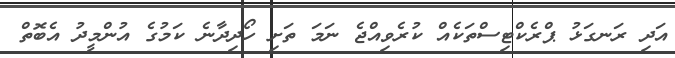
އަދި ރަނގަޅު ޕްރެކްޓިސްތަކެއް ކުރެވިއްޖެ ނަމަ ތަށި ހޯދިދާނެ ކަމުގެ އުންމީދު އެބޮތް